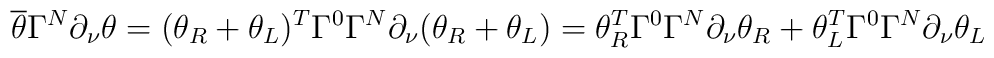
\overline{\theta}\Gamma^N\partial_{\nu}\theta=(\theta_R+\theta_L)^T\Gamma^0\Gamma^N\partial_{\nu}(\theta_R+\theta_L)=\theta_R^T\Gamma^0\Gamma^N\partial_{\nu}\theta_R+\theta_L^T\Gamma^0\Gamma^N\partial_{\nu}\theta_L